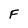
Character: F